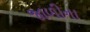
જાળીના